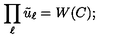
\prod _ { \ell } \tilde { u } _ { \ell } = W ( C ) ;